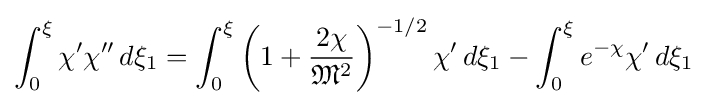
\int _{0}^{\xi }\chi '\chi ''\,d\xi _{1}=\int _{0}^{\xi }\left(1+{\frac {2\chi }{{\mathfrak {M}}^{2}}}\right)^{-1/2}\chi '\,d\xi _{1}-\int _{0}^{\xi }e^{-\chi }\chi '\,d\xi _{1}